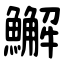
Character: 䲒